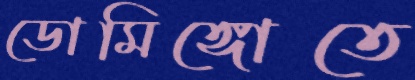
ডোমিঙ্গোতে